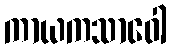
ကာယကသာဝေါ